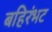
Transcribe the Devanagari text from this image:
बहिरंभट